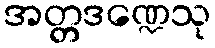
အတ္တဒဏ္ဍေသု